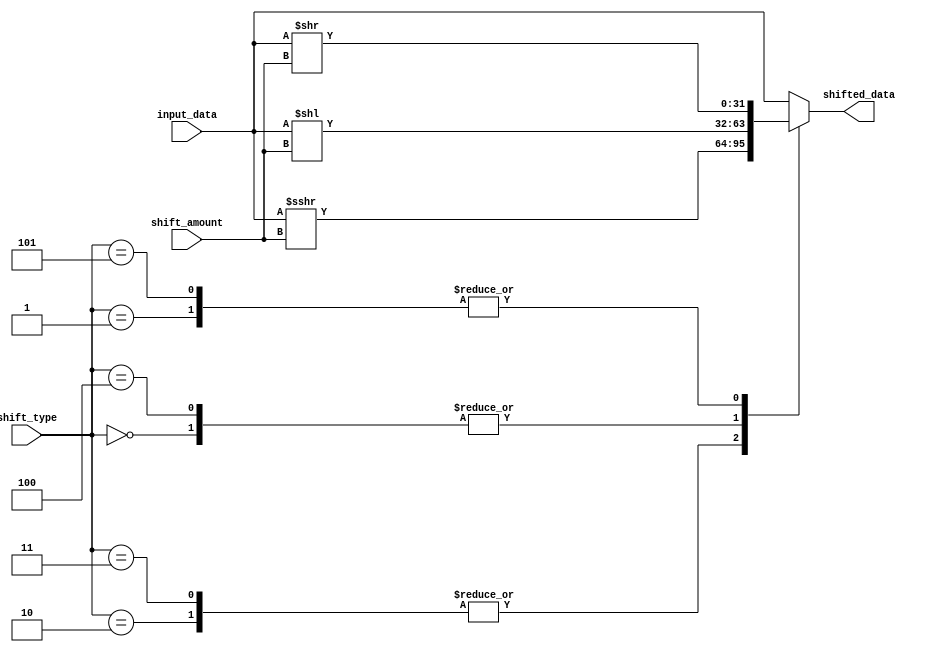
module BarrelShifter(
    input wire [31:0] input_data,
    input wire [4:0] shift_amount,
    input wire [2:0] shift_type,
    output reg [31:0] shifted_data
);

always @(*) begin
    case(shift_type)
        3'b000: shifted_data = input_data << shift_amount; // Logical left shift
        3'b001: shifted_data = input_data >> shift_amount; // Logical right shift
        3'b010: shifted_data = $signed(input_data) >>> shift_amount; // Arithmetic right shift with sign extension
        3'b011: shifted_data = $signed(input_data) >>> shift_amount; // Arithmetic right shift with sign extension
        3'b100: shifted_data = input_data << shift_amount; // Rotate left
        3'b101: shifted_data = input_data >> shift_amount; // Rotate right
        default: shifted_data = input_data; // No shift
    endcase
end

endmodule